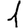
Digit: 1